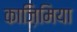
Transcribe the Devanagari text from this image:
काज़िमिया